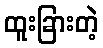
ထူးခြားတဲ့